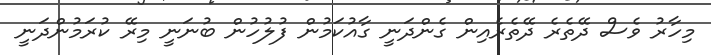
މިހާރު ވެސް ދޭތެރެ ދޭތެރެއިން ގެންދަނީ ގާއުކަމުން ފުލުހުން ބުނަނީ މިރޭ ކުރަމުންދަނީ